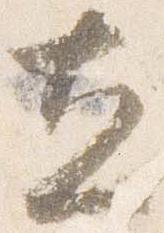
立